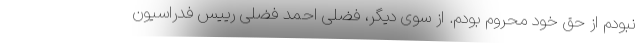
نبودم از حق خود محروم بودم. از سوی دیگر، فضلی احمد فضلی رییس فدراسیون